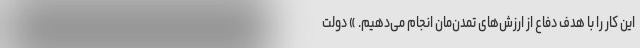
این کار را با هدف دفاع از ارزش‌های تمدن‌مان انجام می‌دهیم. » دولت